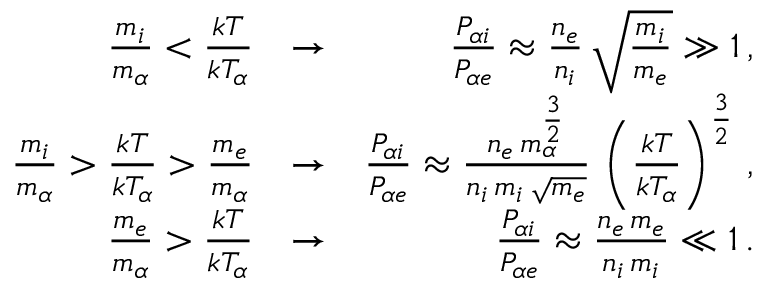
\begin{array} { r l r } { \frac { m _ { i } } { m _ { \alpha } } < \frac { k T } { k T _ { \alpha } } } & { \rightarrow } & { \frac { P _ { \alpha i } } { P _ { \alpha e } } \approx \frac { n _ { e } } { n _ { i } } \, \sqrt { \frac { m _ { i } } { m _ { e } } } \gg 1 \, , } \\ { \frac { m _ { i } } { m _ { \alpha } } > \frac { k T } { k T _ { \alpha } } > \frac { m _ { e } } { m _ { \alpha } } } & { \rightarrow } & { \frac { P _ { \alpha i } } { P _ { \alpha e } } \approx \frac { n _ { e } \, m _ { \alpha } ^ { \frac { 3 } { 2 } } } { n _ { i } \, m _ { i } \, \sqrt { m _ { e } } } \, \left( \frac { k T } { k T _ { \alpha } } \right) ^ { \frac { 3 } { 2 } } \, , } \\ { \frac { m _ { e } } { m _ { \alpha } } > \frac { k T } { k T _ { \alpha } } } & { \rightarrow } & { \frac { P _ { \alpha i } } { P _ { \alpha e } } \approx \frac { n _ { e } \, m _ { e } } { n _ { i } \, m _ { i } } \ll 1 \, . } \end{array}